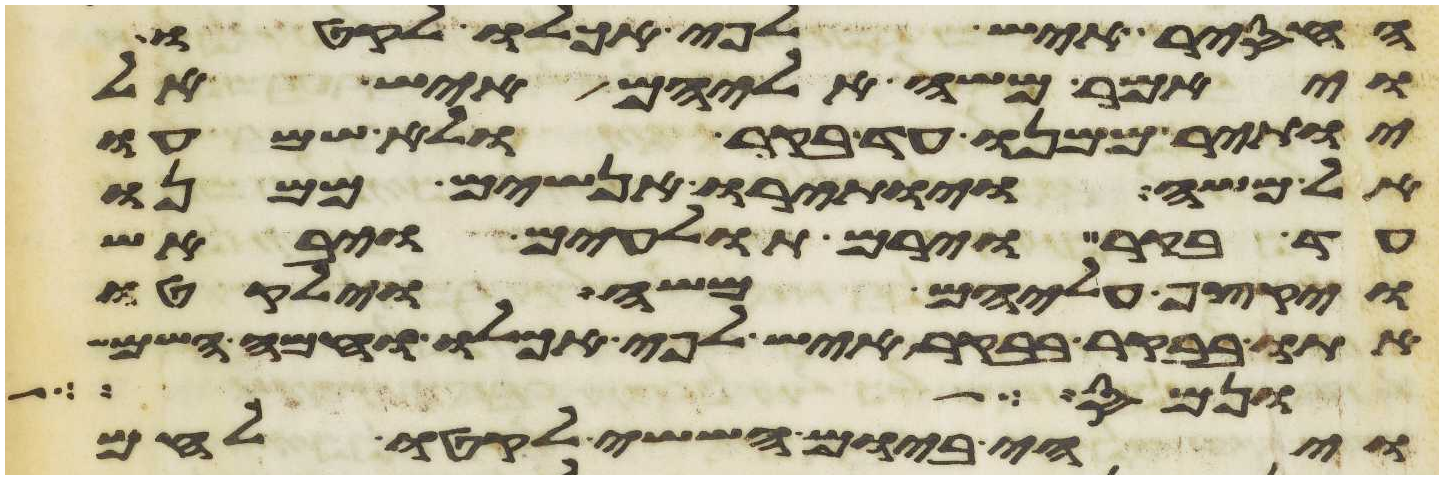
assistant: החסיר איש לפי אכלו לקטו
ויאמר משה אליהם איש אל
יותיר ממנו עד בקר ולא שמעו
אל משה ויותירו אנשים ממנו
עד בקר וירם תולעים ויבאש
ויקצף עליהם משה וילקטו
אתו בבקר בבקר איש לפי אכלו וחמה השמש
ונס אל
ויהי ביום הששי לקטו לחם